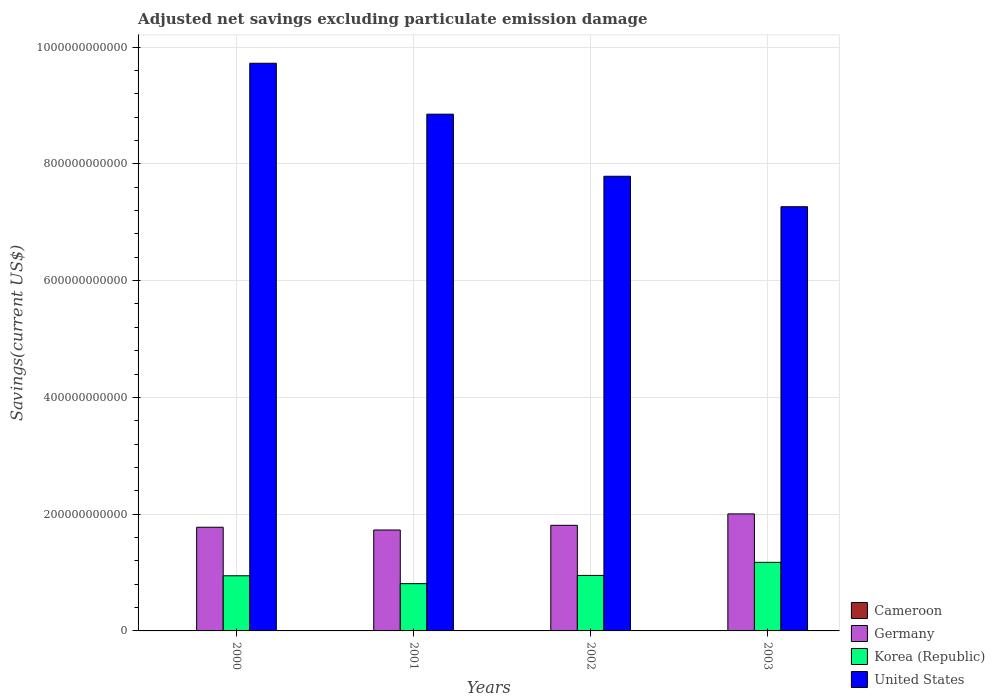
| Years | Cameroon | Germany | Korea (Republic) | United States |
 | --- | --- | --- | --- | --- |
 | 2000 | -2.87e+08 | 1.78e+11 | 9.45e+10 | 9.72e+11 |
 | 2001 | -2.42e+08 | 1.73e+11 | 8.1e+10 | 8.85e+11 |
 | 2002 | -1.72e+08 | 1.81e+11 | 9.51e+10 | 7.79e+11 |
 | 2003 | 9.25e+07 | 2e+11 | 1.17e+11 | 7.27e+11 |